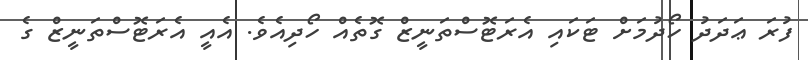
ފުރަ ޢަދަދު ހޯދުމަށް ޓަކައި އެރަޓޮސްތަނީޒް ގޮތެއް ހޯދިއެވެ. އެއީ އެރަޓޮސްތަނީޒް ގެ